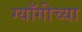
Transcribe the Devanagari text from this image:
ग्याँगीच्या